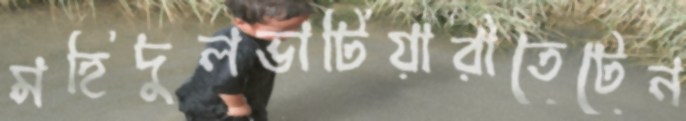
মহিদুলভাটিয়ারীতেটেন